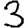
Digit: 3